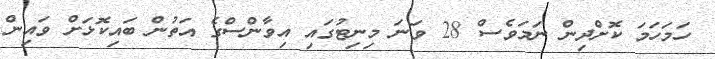
ހަމަހަމަ ކޮށްދިން ނަމަވެސް 28 ވަނަ މިނިޓުގައި އިވާންސްގެ އަތުން ބައިކޮޅަށް ވައިން